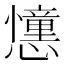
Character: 𢤤